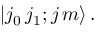
\left| j _ { 0 } \, j _ { 1 } ; j \, m \right\rangle .